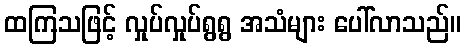
ထကြသဖြင့် လှုပ်လှုပ်ရွရွ အသံများ ပေါ်လာသည်။